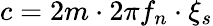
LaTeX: c=2m\cdot 2\pi f_{n}\cdot\xi_{s}